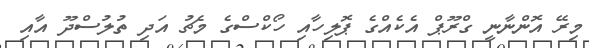
މިރޭ އޮންނާނީ ގްރޫޕް އެކެއްގެ ޕޮލިހާއި ހޯކްސްގެ މެޗު އަދި ތުލުސްދޫ އާއި